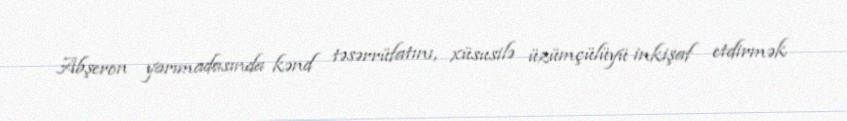
Abşeron yarımadasında kənd təsərrüfatını, xüsusilə üzümçülüyü inkişaf etdirmək